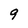
Character: 9